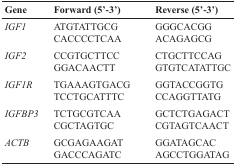
<table><thead><tr><td><b>Gene</b></td><td><b>Forward (5′-3′)</b></td><td><b>Reverse (5′-3′)</b></td></tr></thead><tbody><tr><td><i>IGF1</i></td><td>ATGTATTGCG CACCCCTCAA</td><td>GGGCACGG ACAGAGCG</td></tr><tr><td><i>IGF2</i></td><td>CCGTGCTTCC GGACAACTT</td><td>CTGCTTCCAG GTGTCATATTGC</td></tr><tr><td><i>IGF1R</i></td><td>TGAAAGTGACG TCCTGCATTTC</td><td>GGTACCGGTG CCAGGTTATG</td></tr><tr><td><i>IGFBP3</i></td><td>TCTGCGTCAA CGCTAGTGC</td><td>GCTCTGAGACT CGTAGTCAACT</td></tr><tr><td><i>ACTB</i></td><td>GCGAGAAGAT GACCCAGATC</td><td>GGATAGCAC AGCCTGGATAG</td></tr></tbody></table>